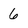
Character: 6